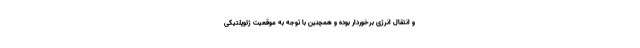
و انتقال انرژی برخوردار بوده و همچنین با توجه به موقعیت ژئوپلتیکی